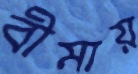
বীমায়